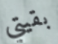
بقيتي